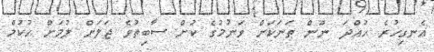
އެނގިހުރެ ހުއްދަ ނޫން ތަނަކަށް ވަނުމުގެ ކުށް ސާބިތުވެ ޖަލަށް ލުމަށް ހުކުމް